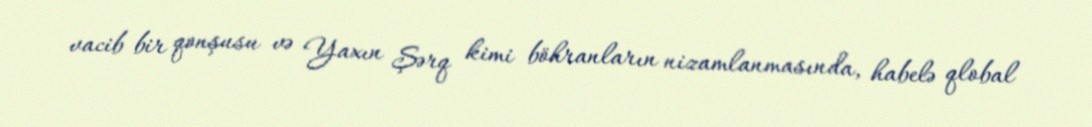
vacib bir qonşusu və Yaxın Şərq kimi böhranların nizamlanmasında, habelə qlobal